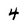
Character: 4